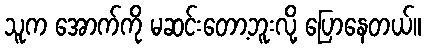
သူက အောက်ကို မဆင်းတော့ဘူးလို့ ပြောနေတယ်။